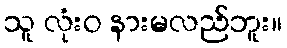
သူ လုံးဝ နားမလည်ဘူး။